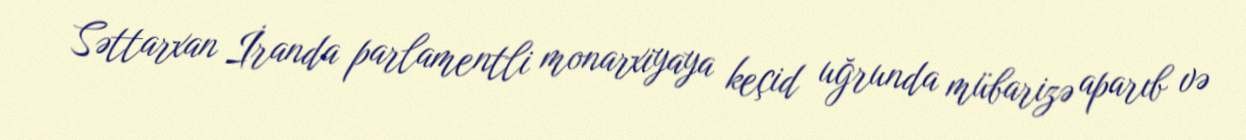
Səttarxan İranda parlamentli monarxiyaya keçid uğrunda mübarizə aparıb və